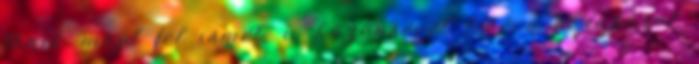
tűnik majd fel ismét, a közönséget levéve a lábáról